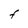
Character: F